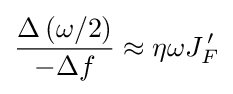
{\frac {\Delta \left(\omega /2\right)}{-\Delta f}}\approx \eta \omega J_{F}^{\,\prime }